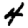
Digit: 4